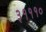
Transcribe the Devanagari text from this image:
३१११०